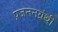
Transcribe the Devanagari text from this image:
प्रजननग्रंथी